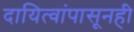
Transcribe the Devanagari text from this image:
दायित्वांपासूनही